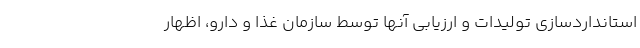
استانداردسازی تولیدات و ارزیابی آنها توسط سازمان غذا و دارو، اظهار